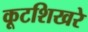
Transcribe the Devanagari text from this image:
कूटशिखरे